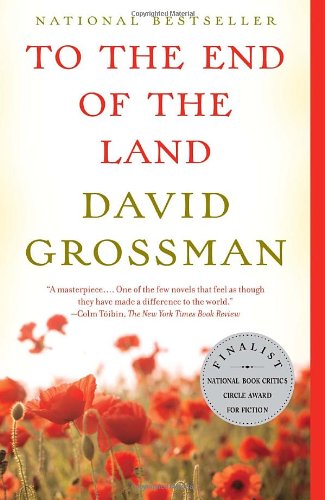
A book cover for To the End of the Land (Vintage International); David Grossman; Literature & Fiction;